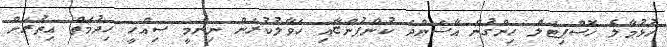
ހުޅުމާލެ ހޮސްޕިޓަލް ހިންގުން އާސަންދަ ކުންފުންޏާއި ހަވާލުކުރަން ނިންމީ ސިއްހީ ހިދުމަތް އިތުރަށް